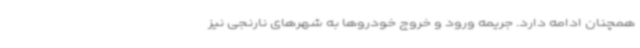
همچنان ادامه دارد. جریمه ورود و خروج خودروها به شهرهای نارنجی نیز